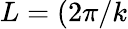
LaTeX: L=(2\pi/k